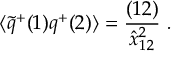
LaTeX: \langle \widetilde q ^ { + } ( 1 ) q ^ { + } ( 2 ) \rangle = { \frac { ( 1 2 ) } { \hat { x } _ { 1 2 } ^ { 2 } } } \ .